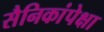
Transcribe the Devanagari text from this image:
सैनिकांपेक्षा